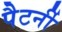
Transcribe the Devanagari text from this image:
पैटर्नी